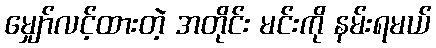
မျှော်လင့်ထားတဲ့ အတိုင်း မင်းကို နမ်းရမယ်